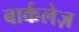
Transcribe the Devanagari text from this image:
बार्कलेज़